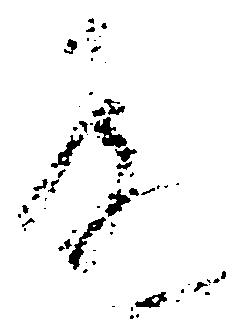
殿